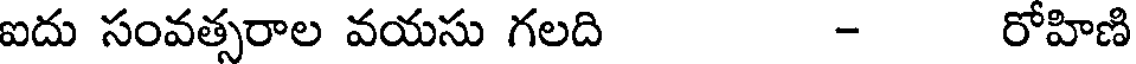
ఐదు సంవత్సరాల వయసు గలది - రోహిణి